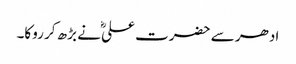
ادھر سے حضرت علیؓ نے بڑھ کر روکا۔